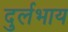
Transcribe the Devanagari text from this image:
दुर्लभाय